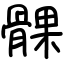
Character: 髁